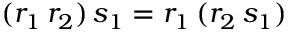
( r _ { 1 } \, r _ { 2 } ) \, s _ { 1 } = r _ { 1 } \, ( r _ { 2 } \, s _ { 1 } )